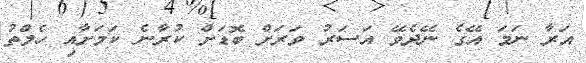
އަރާ ނަމަ އޭގެ ނޭދެވޭ އަސަރު ވަރަށް ބޮޑަށް ކުރާނެ ކަމަށާއި ހެލްތު